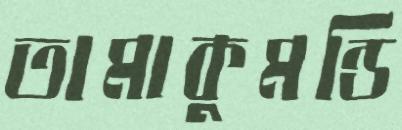
তামাকুমন্ডি